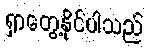
ရှာတွေ့နိုင်ပါသည်